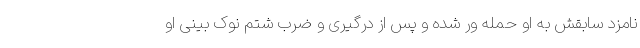
نامزد سابقش به او حمله ور شده و پس از درگیری و ضرب شتم نوک بینی او